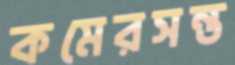
কমেরসন্ত